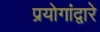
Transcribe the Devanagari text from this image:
प्रयोगांद्वारे